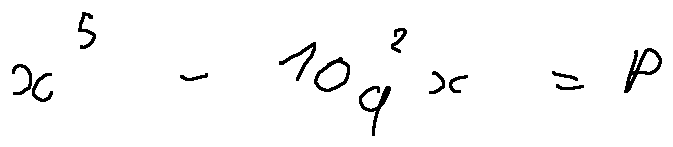
x ^ { 5 } - 1 0 q ^ { 2 } x = p